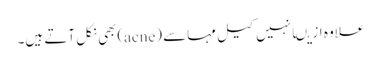
علاوہ ازیںانہیں کیل مہاسے (acne)بھی نکل آتے ہیں۔